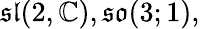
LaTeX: {\mathfrak{sl}}(2,\mathbb{C}),{\mathfrak{so}}(3;1),